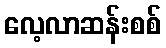
လေ့လာဆန်းစစ်